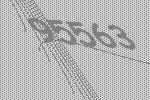
95563